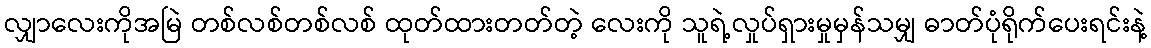
လျှာလေးကိုအမြဲ တစ်လစ်တစ်လစ် ထုတ်ထားတတ်တဲ့ လေးကို သူရဲ့လှုပ်ရှားမှုမှန်သမျှ ဓာတ်ပုံရိုက်ပေးရင်းနဲ့